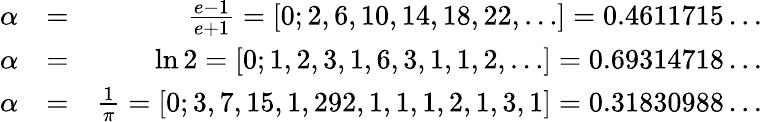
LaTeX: \begin{array}{rlr}{\alpha}&{=}&{\frac{e-1}{e+1}=[0;2,6,10,14,18,22,\ldots]=0.4611715\ldots}\\ {\alpha}&{=}&{\ln 2=[0;1,2,3,1,6,3,1,1,2,\ldots]=0.69314718\ldots}\\ {\alpha}&{=}&{\frac{1}{\pi}=[0;3,7,15,1,292,1,1,1,2,1,3,1]=0.31830988\ldots}\end{array}